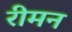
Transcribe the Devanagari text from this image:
रीमन